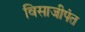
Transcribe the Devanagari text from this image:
विसाजीपंत